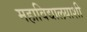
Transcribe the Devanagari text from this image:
महाविद्यालयाशी